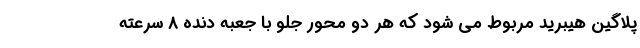
پلاگین هیبرید مربوط می شود که هر دو محور جلو با جعبه دنده 8 سرعته